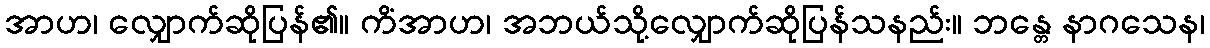
အာဟ၊ လျှောက်ဆိုပြန်၏။ ကိံအာဟ၊ အဘယ်သို့လျှောက်ဆိုပြန်သနည်း။ ဘန္တေ နာဂသေန၊